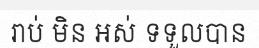
រាប់ មិន អស់ ទទួលបាន